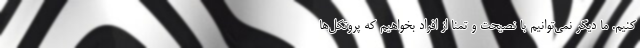
کنیم. ما دیگر نمی‌توانیم با نصیحت و تمنا از افراد بخواهیم که پروتکل‌ها